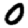
Digit: 0